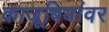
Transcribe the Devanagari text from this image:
काजूबियांवर